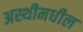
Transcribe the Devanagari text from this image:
अस्थीमधील